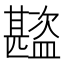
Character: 𬐾